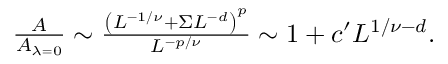
\begin{array} { r } { \frac { A } { A _ { \lambda = 0 } } \sim \frac { \left( L ^ { - 1 / \nu } + \Sigma L ^ { - d } \right) ^ { p } } { L ^ { - p / \nu } } \sim 1 + c ^ { \prime } L ^ { 1 / \nu - d } . } \end{array}